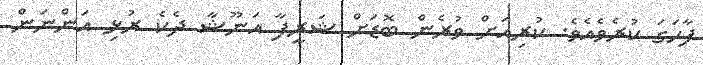
ފާހަގަ ކުރެވެއެވެ. ކުރިއަށް ވުރެން ބޮޑަށް ޝަރީފާ އަނޫޝާ ދެކެ ރުޅި އަންނަން